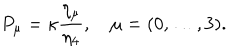
P _ { \mu } = \kappa \frac { \eta _ { \mu } } { \eta _ { 4 } } , \quad \mu = ( 0 , \ldots , 3 ) .